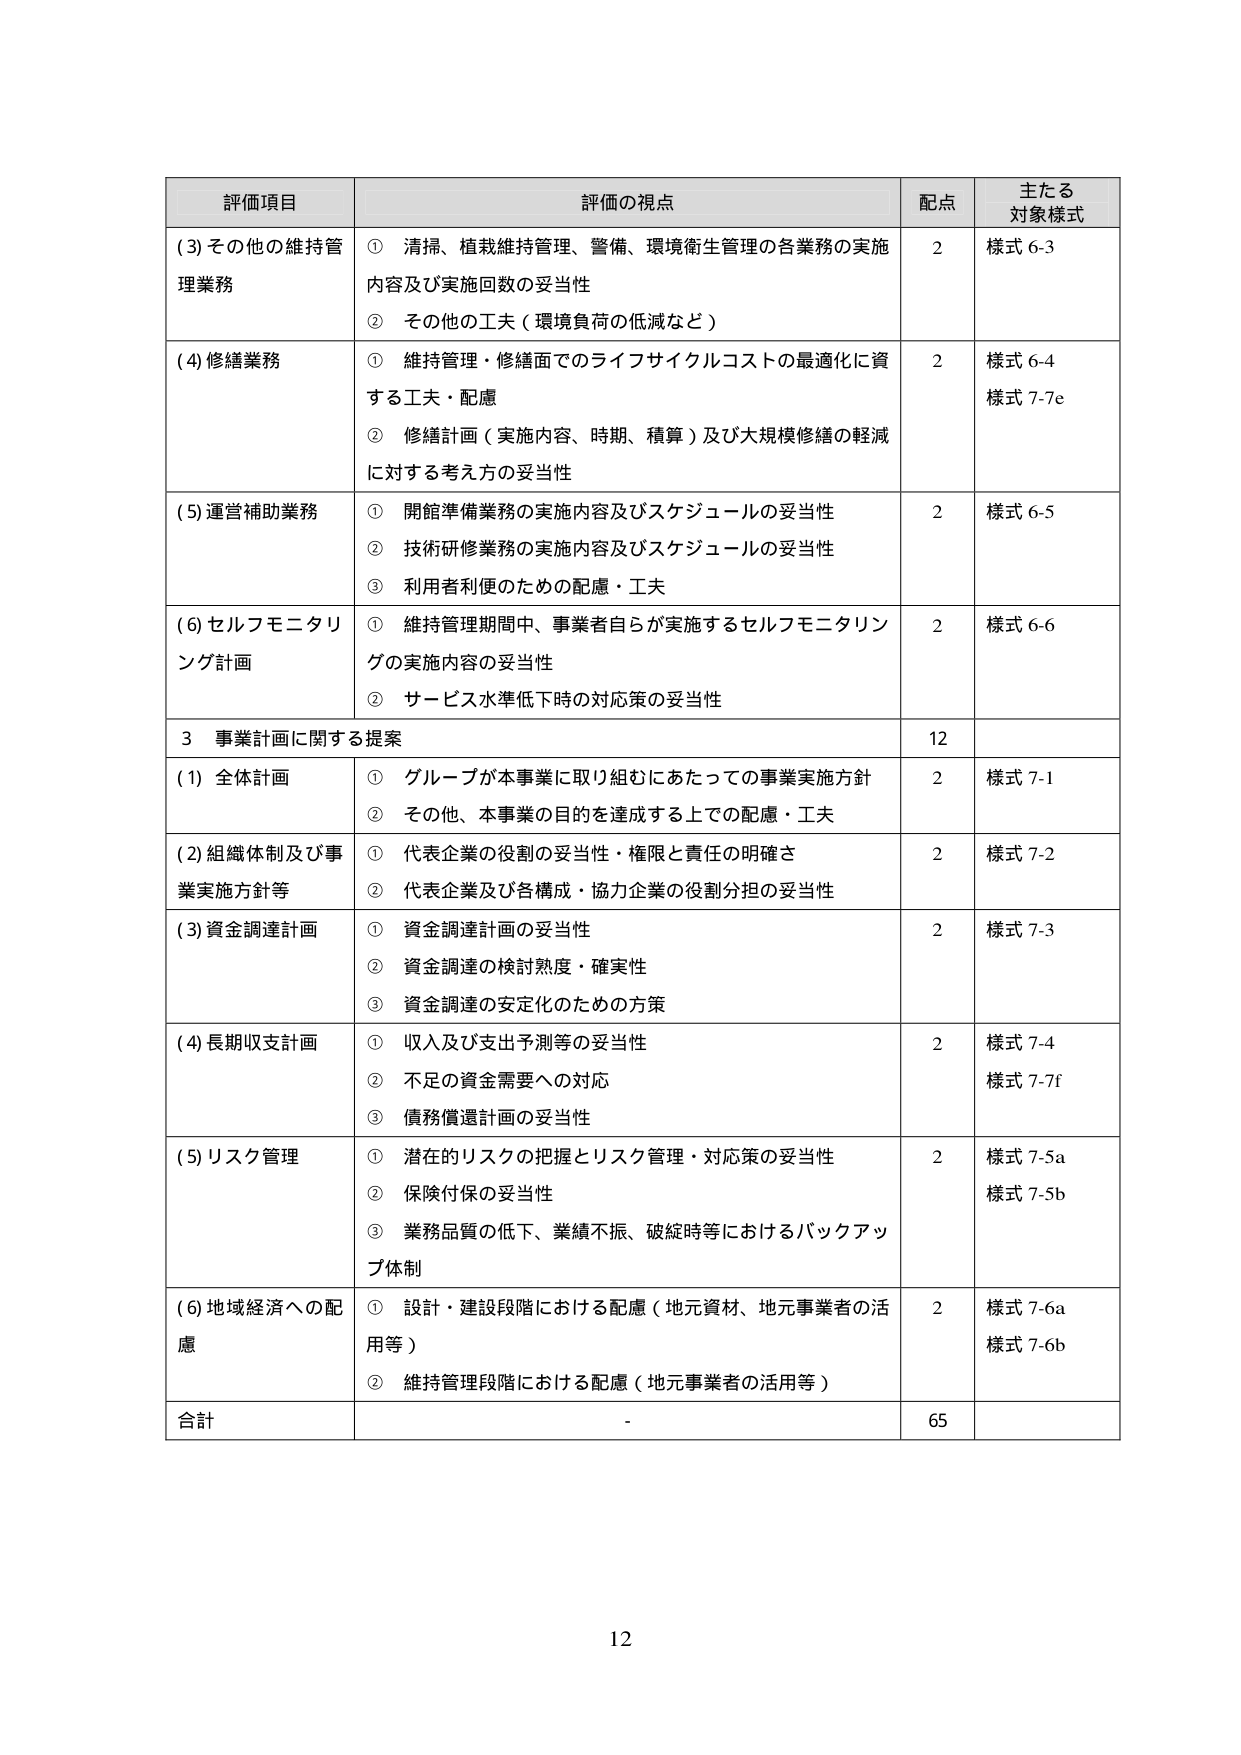
評価項目 評価の視点 配点 主たる対象様式
(3) その他の維持管理業務 ① 清掃、植栽維持管理、警備、環境衛生管理の各業務の実施内容及び実施回数の妥当性 2 様式 6-3
② その他の工夫（環境負荷の低減など）
(4) 修繕業務 ① 維持管理・修繕面でのライフサイクルコストの最適化に資する工夫・配慮 2 様式 6-4
② 修繕計画（実施内容、時期、積算）及び大規模修繕の軽減に対する考え方の妥当性 様式 7-7e
(5) 運営補助業務 ① 開館準備業務の実施内容及びスケジュールの妥当性 2 様式 6-5
② 技術研修業務の実施内容及びスケジュールの妥当性
③ 利用者利便のための配慮・工夫
(6) セルフモニタリング計画 ① 維持管理期間中、事業者自らが実施するセルフモニタリングの実施内容の妥当性 2 様式 6-6
② サービス水準低下時の対応策の妥当性
3 事業計画に関する提案 12
(1) 全体計画 ① グループが本事業に取り組むにあたっての事業実施方針 2 様式 7-1
② その他、本事業の目的を達成する上での配慮・工夫
(2) 組織体制及び事業実施方針等 ① 代表企業の役割の妥当性・権限と責任の明確さ 2 様式 7-2
② 代表企業及び各構成・協力企業の役割分担の妥当性
(3) 資金調達計画 ① 資金調達計画の妥当性 2 様式 7-3
② 資金調達の検討熟度・確実性
③ 資金調達の安定化のための方策
(4) 長期収支計画 ① 収入及び支出予測等の妥当性 2 様式 7-4
② 不足の資金需要への対応 様式 7-7f
③ 債務償還計画の妥当性
(5) リスク管理 ① 潜在的リスクの把握とリスク管理・対応策の妥当性 2 様式 7-5a
② 保険付保の妥当性 様式 7-5b
③ 業務品質の低下、業績不振、破綻時等におけるバックアップ体制
(6) 地域経済への配慮 ① 設計・建設段階における配慮（地元資材、地元事業者の活用等） 2 様式 7-6a
② 維持管理段階における配慮（地元事業者の活用等） 様式 7-6b
合計 - 65
12